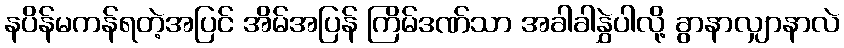
နပိန်မကန်ရတဲ့အပြင် အိမ်အပြန် ကြိမ်ဒဏ်သာ အခါခါနွှဲပါလို့ ခွာနာလျှာနာလဲ